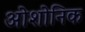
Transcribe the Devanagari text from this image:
ओशोनिक